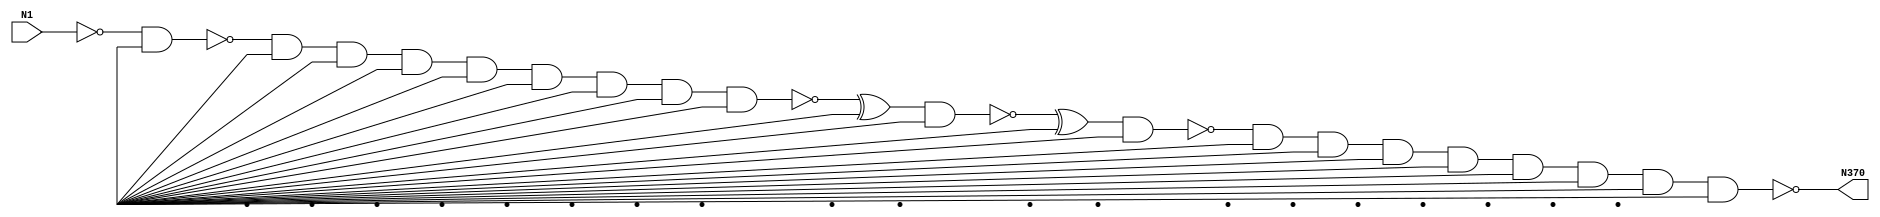
module singlepath (N1, N370);
input N1;
output N370;
wire N357, N353, N296, N251, N337, N247, N118, N199, N243, N224, N154, N239, N203, N292, N223, N360, N213, N230, N227, N233, N276, N236, N242, Vcc, gnd;
not NOT1_1(N118, N1);
nand NAND2_19(N154, N118, Vcc);
and AND9_46(N199, N154, Vcc, Vcc, Vcc, Vcc, Vcc, Vcc, Vcc, Vcc);
not NOT1_47(N203, N199);
not NOT1_48(N213, N199);
not NOT1_49(N223, N199);
xor XOR2_50(N224, N203, N154);
xor XOR2_51(N227, N203, Vcc);
xor XOR2_52(N230, N203, Vcc);
xor XOR2_53(N233, N203, Vcc);
xor XOR2_54(N236, N203, Vcc);
xor XOR2_55(N239, N203, Vcc);
nand NAND2_56(N242, N1, Vcc);
xor XOR2_57(N243, N203, Vcc);
xor XOR2_59(N247, N203, Vcc);
xor XOR2_61(N251, N203, Vcc);
nand NAND2_74(N276, N239, Vcc);
nand NAND2_82(N292, N239, Vcc);
and AND9_86(N296, N276, Vcc, Vcc, Vcc, Vcc, Vcc, Vcc, Vcc, Vcc);
xor XOR2_106(N337, N276, Vcc);
nand NAND2_122(N353, N337, Vcc);
and AND9_126(N357, N353, Vcc, Vcc, Vcc, Vcc, Vcc, Vcc, Vcc, Vcc);
not NOT1_127(N360, N357);
not NOT1_128(N370, N357);

endmodule